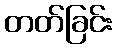
တတ်ခြင်း